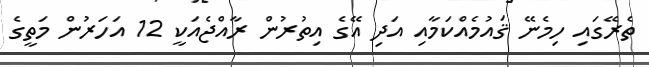
ތެރޭގައި ހިމެނޭ ޤައުމެއްކަމާއި އަދި އޭގެ އިތުރުން ރާއްޖެއަކީ 12 އަހަރުން މަތީގެ